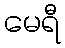
မေရီ